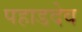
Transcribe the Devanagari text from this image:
पहाडदेव